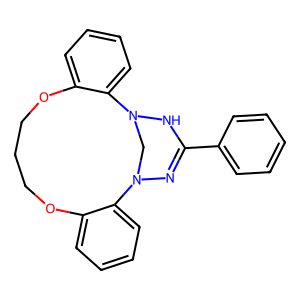
SMILES: c1ccc(C2=NN3CN(N2)c2ccccc2OCCCOc2ccccc23)cc1
Inhibits HIV replication: No